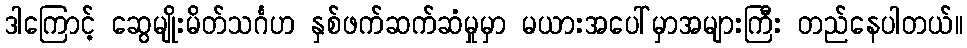
ဒါကြောင့် ဆွေမျိုးမိတ်သင်္ဂဟ နှစ်ဖက်ဆက်ဆံမှုမှာ မယားအပေါ်မှာအများကြီး တည်နေပါတယ်။